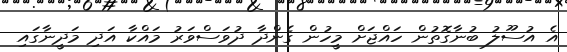
އެ އުސޫލު ބުނާގޮތުން ހައްޖަށް މީހުން ގެންދާ ދުވަސްވަރު މައްކާ އަދި މަދީނާގައި